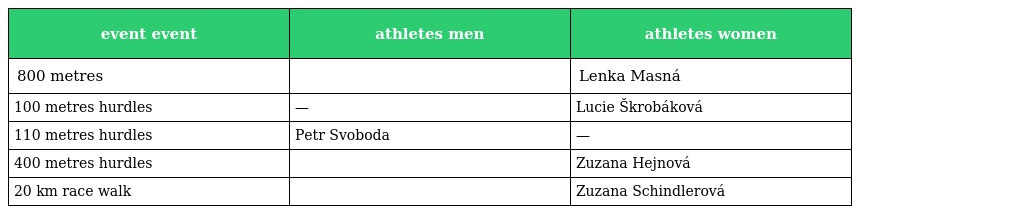
| event event | athletes men | athletes women |
 | --- | --- | --- |
 | 800 metres |  | Lenka Masná |
 | 100 metres hurdles | — | Lucie Škrobáková |
 | 110 metres hurdles | Petr Svoboda | — |
 | 400 metres hurdles |  | Zuzana Hejnová |
 | 20 km race walk |  | Zuzana Schindlerová |